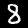
Label: 8